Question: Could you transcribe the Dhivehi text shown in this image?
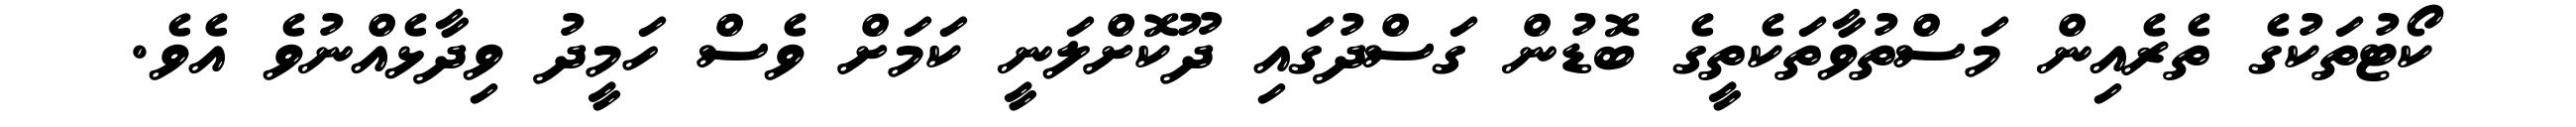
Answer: ކޯޓުތަކުގެ ތެރެއިން މަސްތުވާތަކެތީގެ ބޮޑުން ގަސްދުގައި ދޫކޮށްލަނީ ކަމަށް ވެސް ހަމީދު ވިދާޅެއްނުވެ އެވެ.